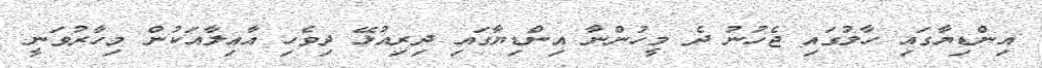
އިންޑިޔާގައި ހާލުގައި ޖެހުނު ދެ މީހުންނާ އިންޑިޔާގައި ދިރިއުޅޭ ދިވެހި އާއިލާއަކުން މިހާރުވަނީ